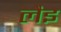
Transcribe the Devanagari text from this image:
लैइ